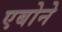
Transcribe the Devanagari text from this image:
एबोने